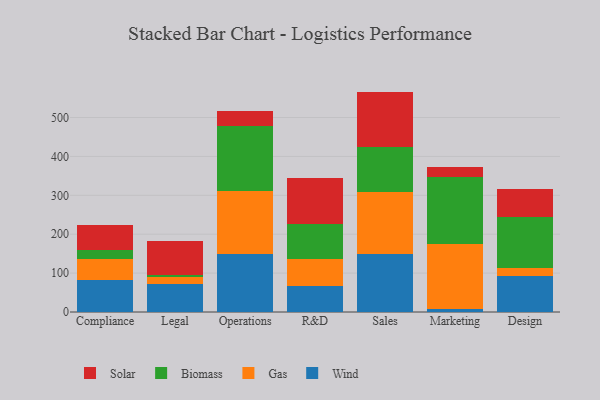
{"axis": {"x": "Department", "y": "Humidity (%)"}, "legend": ["Biomass", "Gas", "Solar", "Wind"], "data": [{"x": "Compliance", "y": 83.0, "type": "Wind"}, {"x": "Compliance", "y": 54.1, "type": "Gas"}, {"x": "Compliance", "y": 23.5, "type": "Biomass"}, {"x": "Compliance", "y": 62.1, "type": "Solar"}, {"x": "Legal", "y": 73.1, "type": "Wind"}, {"x": "Legal", "y": 16.3, "type": "Gas"}, {"x": "Legal", "y": 6.2, "type": "Biomass"}, {"x": "Legal", "y": 88.2, "type": "Solar"}, {"x": "Operations", "y": 149.9, "type": "Wind"}, {"x": "Operations", "y": 162.0, "type": "Gas"}, {"x": "Operations", "y": 167.5, "type": "Biomass"}, {"x": "Operations", "y": 36.6, "type": "Solar"}, {"x": "R&D", "y": 66.8, "type": "Wind"}, {"x": "R&D", "y": 70.7, "type": "Gas"}, {"x": "R&D", "y": 88.2, "type": "Biomass"}, {"x": "R&D", "y": 117.6, "type": "Solar"}, {"x": "Sales", "y": 149.4, "type": "Wind"}, {"x": "Sales", "y": 159.3, "type": "Gas"}, {"x": "Sales", "y": 114.5, "type": "Biomass"}, {"x": "Sales", "y": 143.4, "type": "Solar"}, {"x": "Marketing", "y": 7.7, "type": "Wind"}, {"x": "Marketing", "y": 167.7, "type": "Gas"}, {"x": "Marketing", "y": 172.0, "type": "Biomass"}, {"x": "Marketing", "y": 24.2, "type": "Solar"}, {"x": "Design", "y": 93.4, "type": "Wind"}, {"x": "Design", "y": 21.0, "type": "Gas"}, {"x": "Design", "y": 128.8, "type": "Biomass"}, {"x": "Design", "y": 73.5, "type": "Solar"}]}